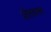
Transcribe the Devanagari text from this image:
शीतदलन